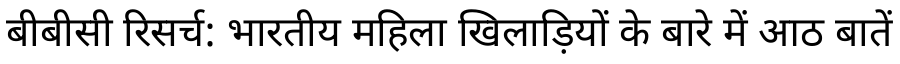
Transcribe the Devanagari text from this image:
बीबीसी रिसर्च: भारतीय महिला खिलाड़ियों के बारे में आठ बातें